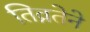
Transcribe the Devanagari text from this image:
तिव्रतेने